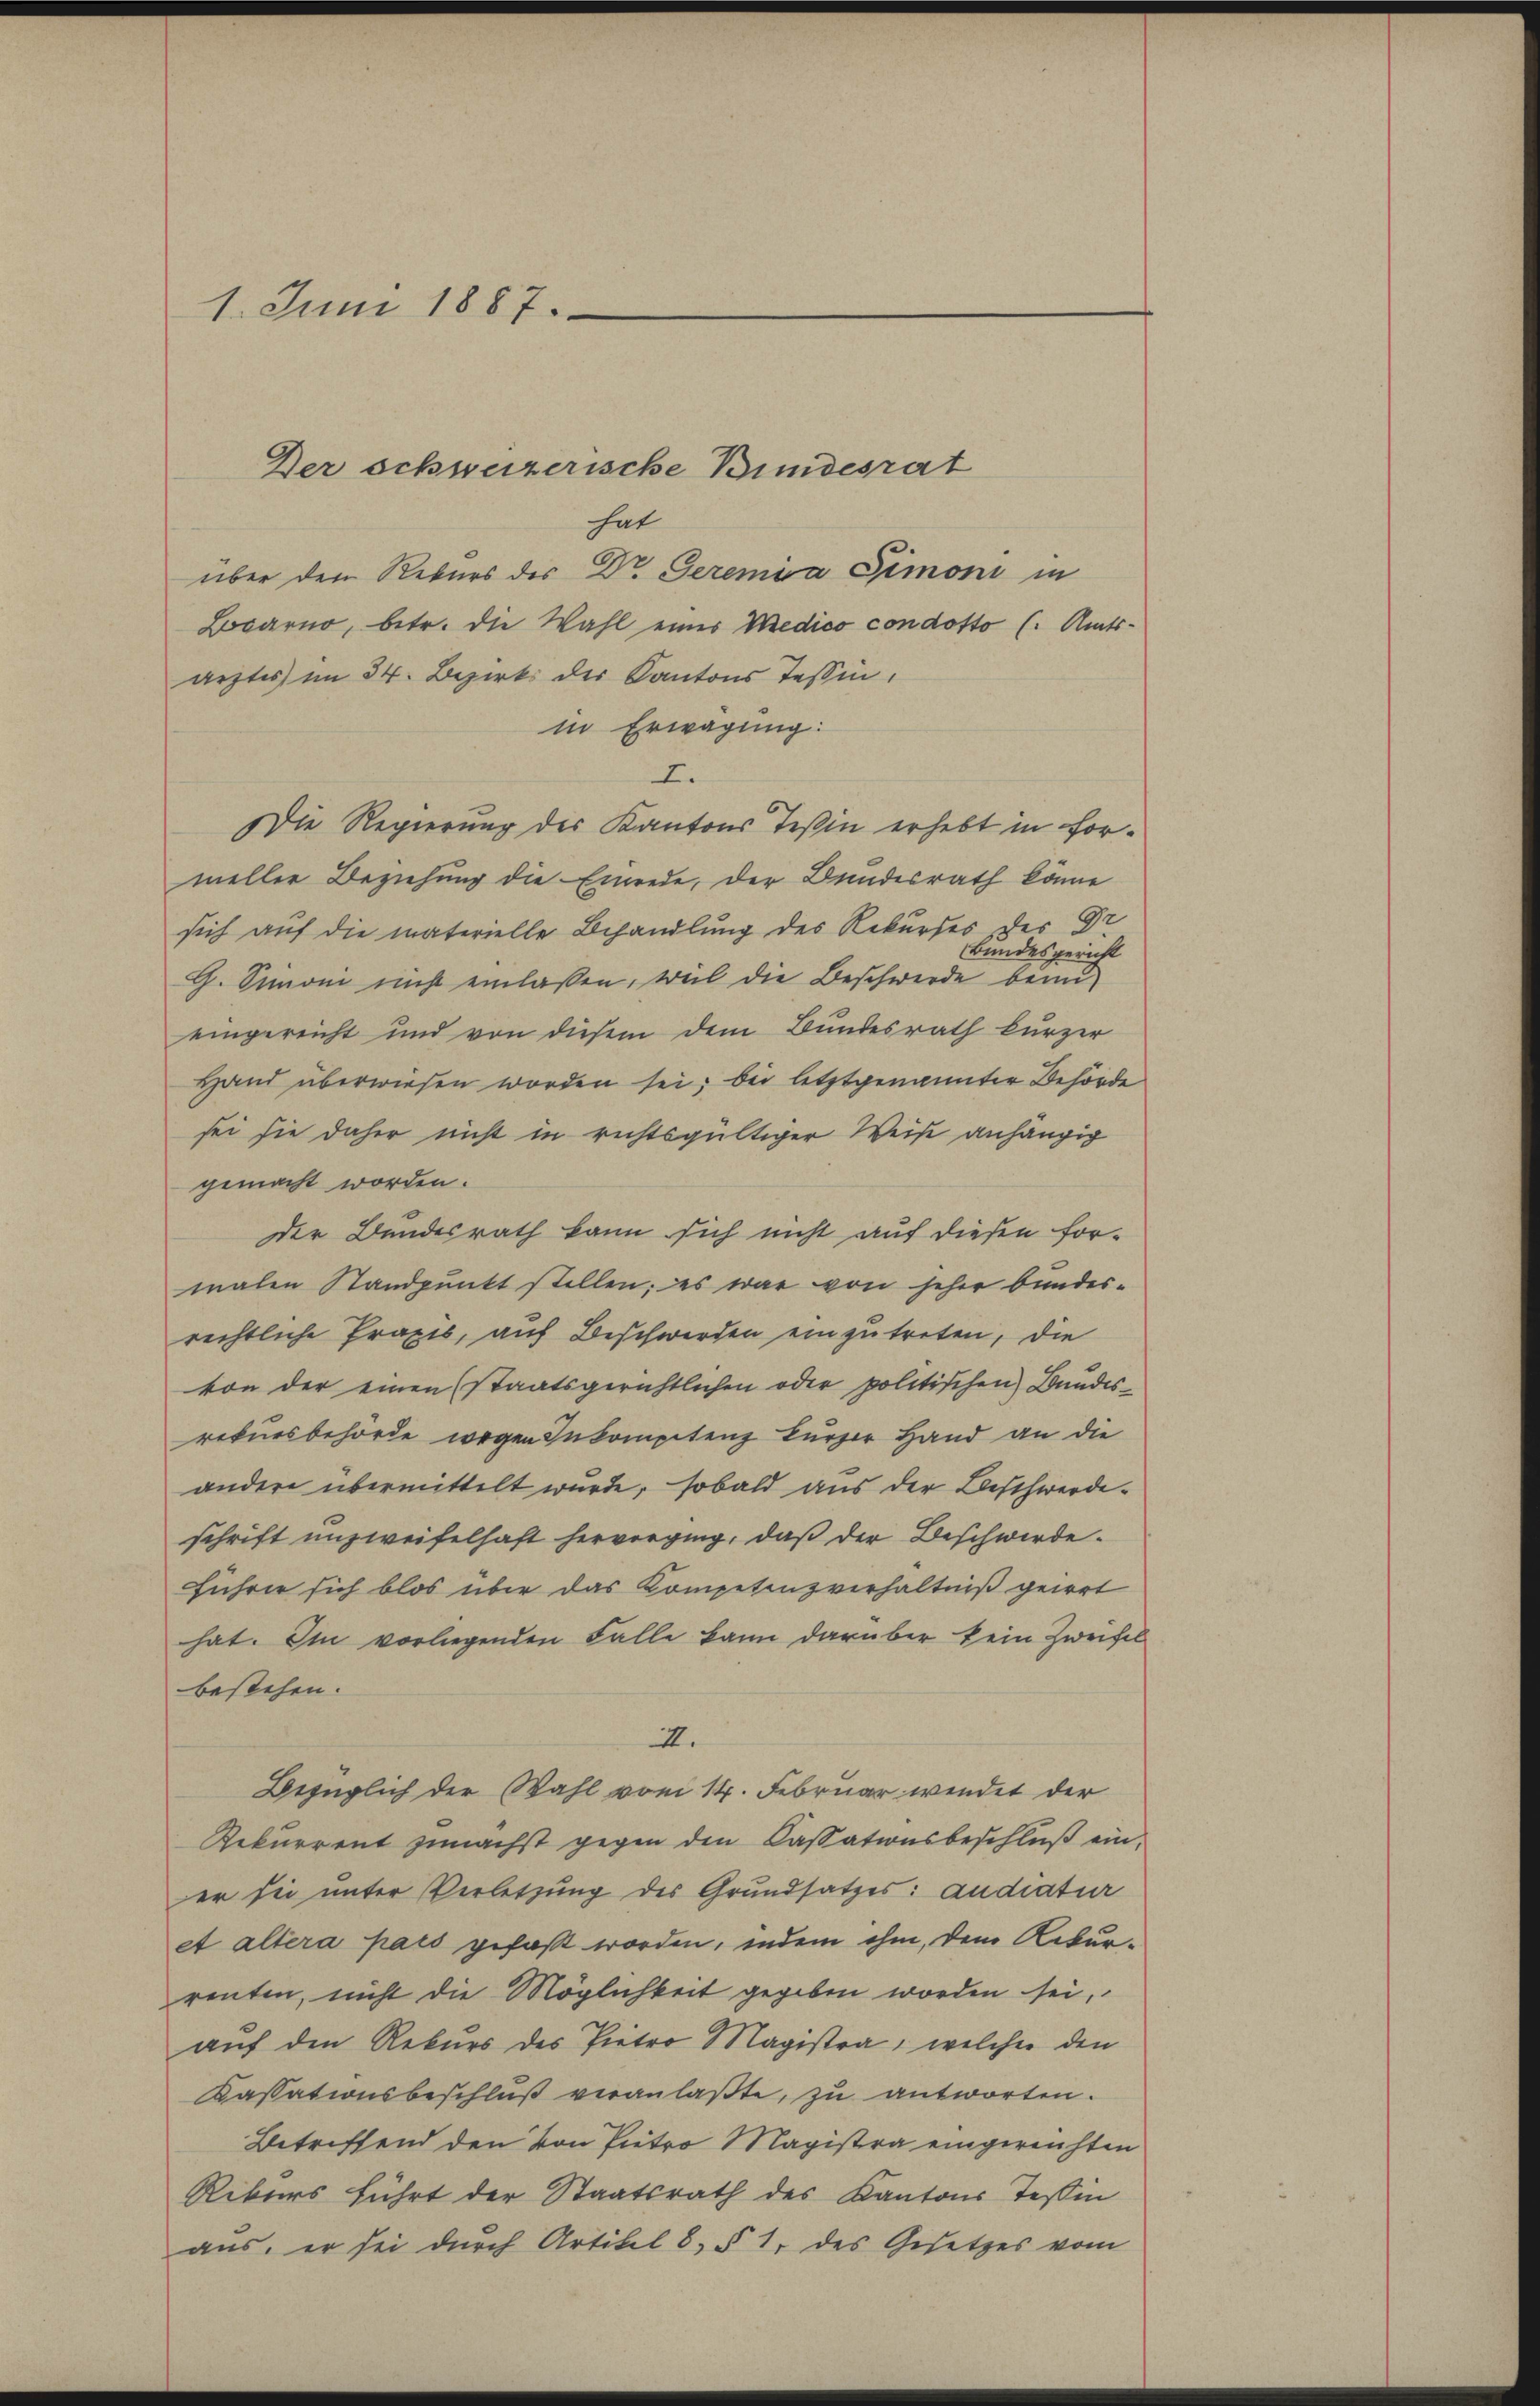
1. Juni 1887.

hat
über den Rekurs des Dr. Geremia Simoni in
Baarno, betr. die Wahl eines Medico condotto (. Amtsärztes im 34. Bezirks der Kantons Tessin,
in Erwägung:
I.
Die Regierung des Kantons Teßin erhebt in formeller Beziehung die Einrede, der Bundesrath könne
sich auf die materielle Behandlung des Rekurses des Dr
Bundesgericht
G. Simoni nicht einlassen, weil die Beschwerde beim
eingereicht und von diesem dem Bundesrath kurzer
Hand überwiesen worden sei; bei letztgenannter Behörde
sei sie daher nicht in richtsgültiger Weise anhängig
gemacht worden.
Der Bundesrath kann sich nicht auf diesen for-
malen Standpunkt stellen; es war von seher bundesrechtliche Praxis, auf Beschwerden einzutreten, die
von der einen (staatsgerichtlichen oder politischen Bundesrekursbehörde wegen Inkompetenz kurzer Hand an die
andere übermittelt wurde, sobald aus der Beschwerdeschrift unzweifelhaft hervorging, daß der Beschwerde.
führer sich blos über das Kompetenzverhältniß geirrt
hat. Im vorliegenden Falle kann darüber kein Zweifel
bestehen.
II.
Bezüglich der Wahl vom 14. Februar wendet der
Rekurrent zunächst gegen den Cassationsbeschluß ein,
er sie unter Verletzung des Grundsatzes: andratur
et altera pars gefaßt worden, indem ihm, dem Rekurrenten, nicht die Möglichkeit gegeben worden sei,
auf den Rekurs des Pietro Magistra, welcher den
Kassationsbeschluß veranlaßte, zu antworten.
Betreffend den von Pietro Magistra eingereichten
Rikurs führt der Staatsrath des Kantons Tessin
aus, er sei durch Artikel 8, § 1, des Gesetzes vom

Der schweizerische Bundesrat